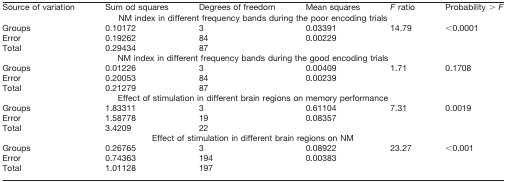
<table><thead><tr><td><b>Source of variation</b></td><td><b>Sum od squares</b></td><td><b>Degrees of freedom</b></td><td><b>Mean squares</b></td><td><b><i>F</i> ratio</b></td><td><b>Probability &gt; <i>F</i></b></td></tr></thead><tbody><tr><td colspan="6">NM index in different frequency bands during the poor encoding trials</td></tr><tr><td>Groups</td><td>0.10172</td><td>3</td><td>0.03391</td><td>14.79</td><td>&lt;0.0001</td></tr><tr><td>Error</td><td>0.19262</td><td>84</td><td>0.00229</td><td></td><td></td></tr><tr><td>Total</td><td>0.29434</td><td>87</td><td></td><td></td><td></td></tr><tr><td colspan="6">NM index in different frequency bands during the good encoding trials</td></tr><tr><td>Groups</td><td>0.01226</td><td>3</td><td>0.00409</td><td>1.71</td><td>0.1708</td></tr><tr><td>Error</td><td>0.20053</td><td>84</td><td>0.00239</td><td></td><td></td></tr><tr><td>Total</td><td>0.21279</td><td>87</td><td></td><td></td><td></td></tr><tr><td colspan="6">Effect of stimulation in different brain regions on memory performance</td></tr><tr><td>Groups</td><td>1.83311</td><td>3</td><td>0.61104</td><td>7.31</td><td>0.0019</td></tr><tr><td>Error</td><td>1.58778</td><td>19</td><td>0.08357</td><td></td><td></td></tr><tr><td>Total</td><td>3.4209</td><td>22</td><td></td><td></td><td></td></tr><tr><td colspan="6">Effect of stimulation in different brain regions on NM</td></tr><tr><td>Groups</td><td>0.26765</td><td>3</td><td>0.08922</td><td>23.27</td><td>&lt;0.001</td></tr><tr><td>Error</td><td>0.74363</td><td>194</td><td>0.00383</td><td></td><td></td></tr><tr><td>Total</td><td>1.01128</td><td>197</td><td></td><td></td><td></td></tr></tbody></table>